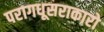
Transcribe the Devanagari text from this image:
परागधूसराकारो